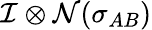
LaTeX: \mathcal{I}\otimes\mathcal{N}(\sigma_{AB})